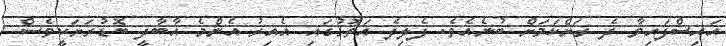
އައިސްފައިވާ ދެ ރަށްކަމަށް ބުނެއެވެ. ފެލިދެ އަތޮޅުގައި އެއިރު އެންމެ އާބާދީ ބޮޑުރަށަކީވެސް